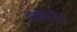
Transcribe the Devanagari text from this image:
इकीटीन